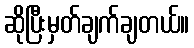
ဆိုပြီးမှတ်ချက်ချတယ်။